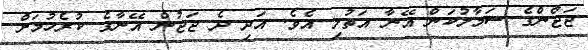
ޖަޖްންގެ ސަމާލުކަން އޭނާ އަތުލި އެވެ. އަދި ދެ ޖަޖުން އޭނާގެ ކުރެހުމަށް